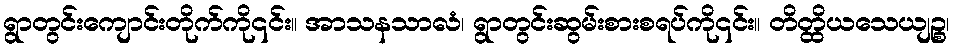
ရွာတွင်းကျောင်းတိုက်ကို၎င်း။ အာသနသာလံ၊ ရွာတွင်းဆွမ်းစားစရပ်ကို၎င်း။ တိတ္ထိယသေယျဉ္စ၊